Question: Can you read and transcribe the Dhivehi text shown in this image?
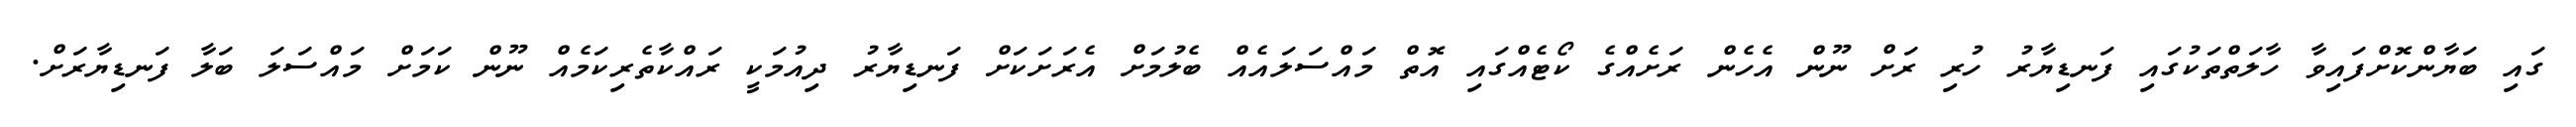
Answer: ގައި ބަޔާންކޮށްފައިވާ ހާލަތްތަކުގައި ފަނޑިޔާރު ހުރި ރަށް ނޫން އެހެން ރަށެއްގެ ކޯޓެއްގައި އޮތް މައްސަލައެއް ބެލުމަށް އެރަށަކަށް ފަނޑިޔާރު ދިއުމަކީ ރައްކާތެރިކަމެއް ނޫން ކަމަށް މައްސަލަ ބަލާ ފަނޑިޔާރަށް.